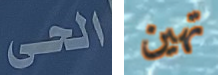
الحى تهين